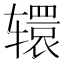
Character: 𮝹